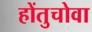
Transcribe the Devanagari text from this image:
होंतुचोवा